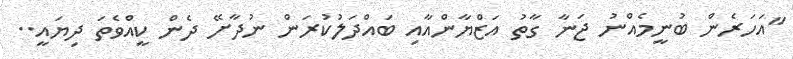
''އަހަރެން ބުނީމެއްނު ޖަނާ ގާތު އަޒްޔާންއާއި ބައްދަލުކުރަން ނުދާށޭ ދެން ކީއްވެތަ ދިޔައީ..